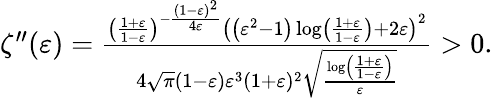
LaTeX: \begin{array}{r}{\zeta^{\prime\prime}(\varepsilon)=\frac{\left(\frac{1+\varepsilon}{1-\varepsilon}\right)^{-\frac{(1-\varepsilon)^{2}}{4\varepsilon}}\left(\left(\varepsilon^{2}-1\right)\log\left(\frac{1+\varepsilon}{1-\varepsilon}\right)+2\varepsilon\right)^{2}}{4\sqrt{\pi}(1-\varepsilon)\varepsilon^{3}(1+\varepsilon)^{2}\sqrt{\frac{\log\left(\frac{1+\varepsilon}{1-\varepsilon}\right)}{\varepsilon}}}>0.}\end{array}